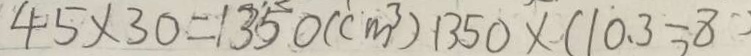
4 5 \times 3 0 = 1 3 5 0 ( c m ^ { 3 } ) 1 3 5 0 \times ( 1 0 . 3 - 8